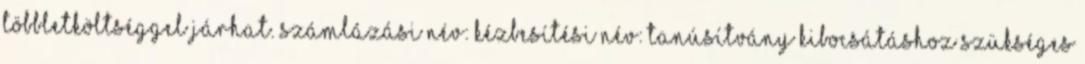
többletköltséggel járhat. Számlázási név: Kézbesítési név: Tanúsítvány kibocsátáshoz szükséges